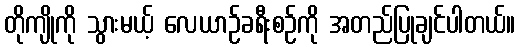
တိုကျိုကို သွားမယ့် လေယာဉ်ခရီးစဉ်ကို အတည်ပြုချင်ပါတယ်။